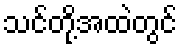
သင်တို့အထဲတွင်